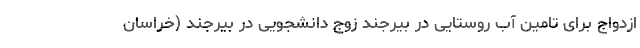
ازدواج برای تامین آب روستایی در بیرجند زوج دانشجویی در بیرجند (خراسان